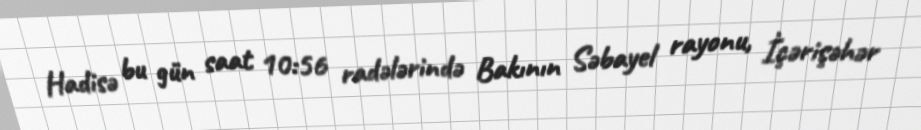
Hadisə bu gün saat 10:56 radələrində Bakının Səbayel rayonu, İçərişəhər